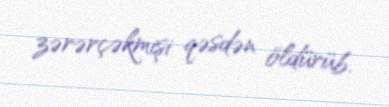
zərərçəkmişi qəsdən öldürüb.